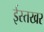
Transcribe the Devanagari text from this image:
ईस्तखर